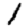
Digit: 1